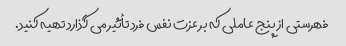
فهرستی از پنج عاملی که بر عزت نفس فرد تأثیر می گذارد تهیه کنید.